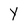
Character: Y